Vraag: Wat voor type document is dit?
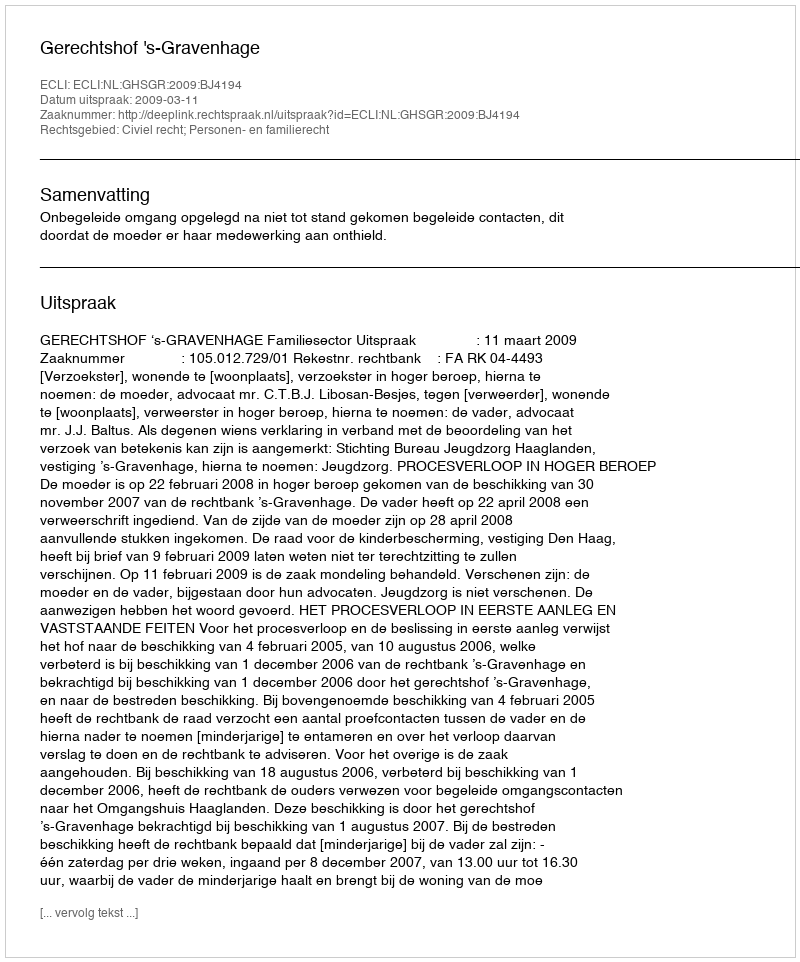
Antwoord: Uitspraak